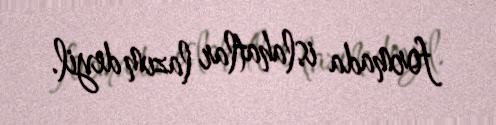
formada islahatlar lazım deyil.